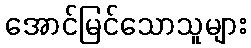
အောင်မြင်သောသူများ